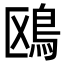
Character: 鴎